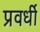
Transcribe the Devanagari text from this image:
प्रवर्धी